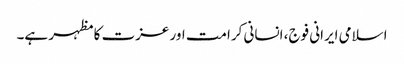
اسلامی ایرانی فوج، انسانی کرامت اور عزت کا مظہر ہے۔